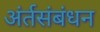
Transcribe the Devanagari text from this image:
अंर्तसंबंधन